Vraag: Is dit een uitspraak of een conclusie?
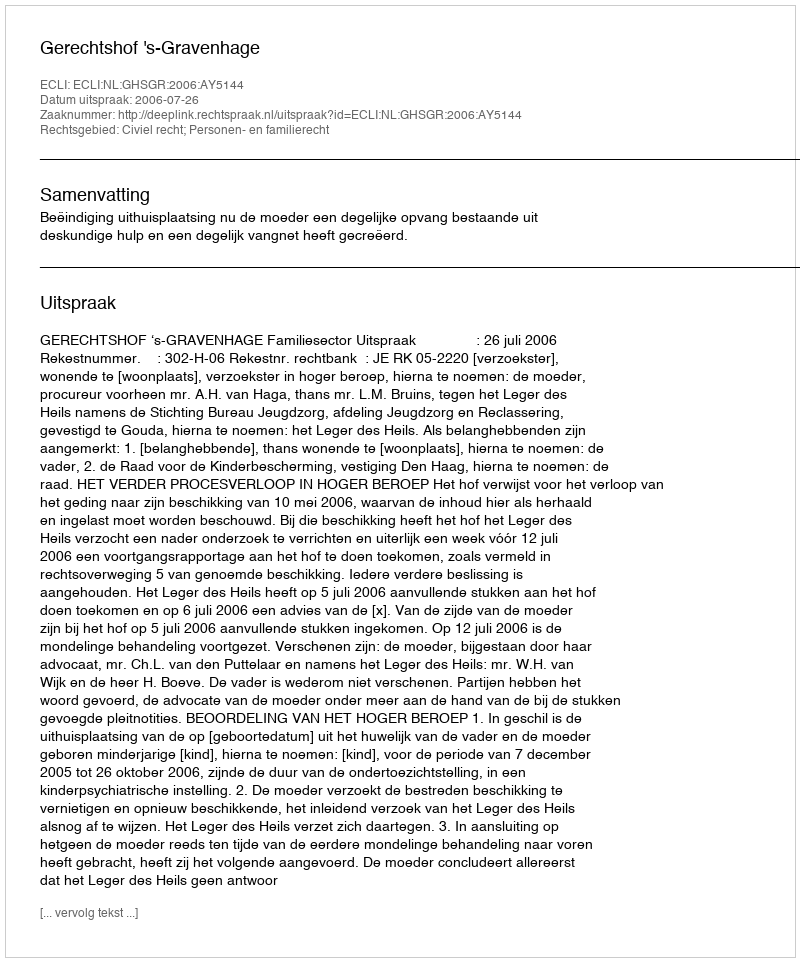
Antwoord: Uitspraak